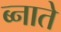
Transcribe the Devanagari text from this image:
ब्नाते